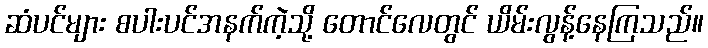
ဆံပင်များ စပါးပင်အနက်ကဲ့သို့ တောင်လေတွင် ယိမ်းလွန့်နေကြသည်။